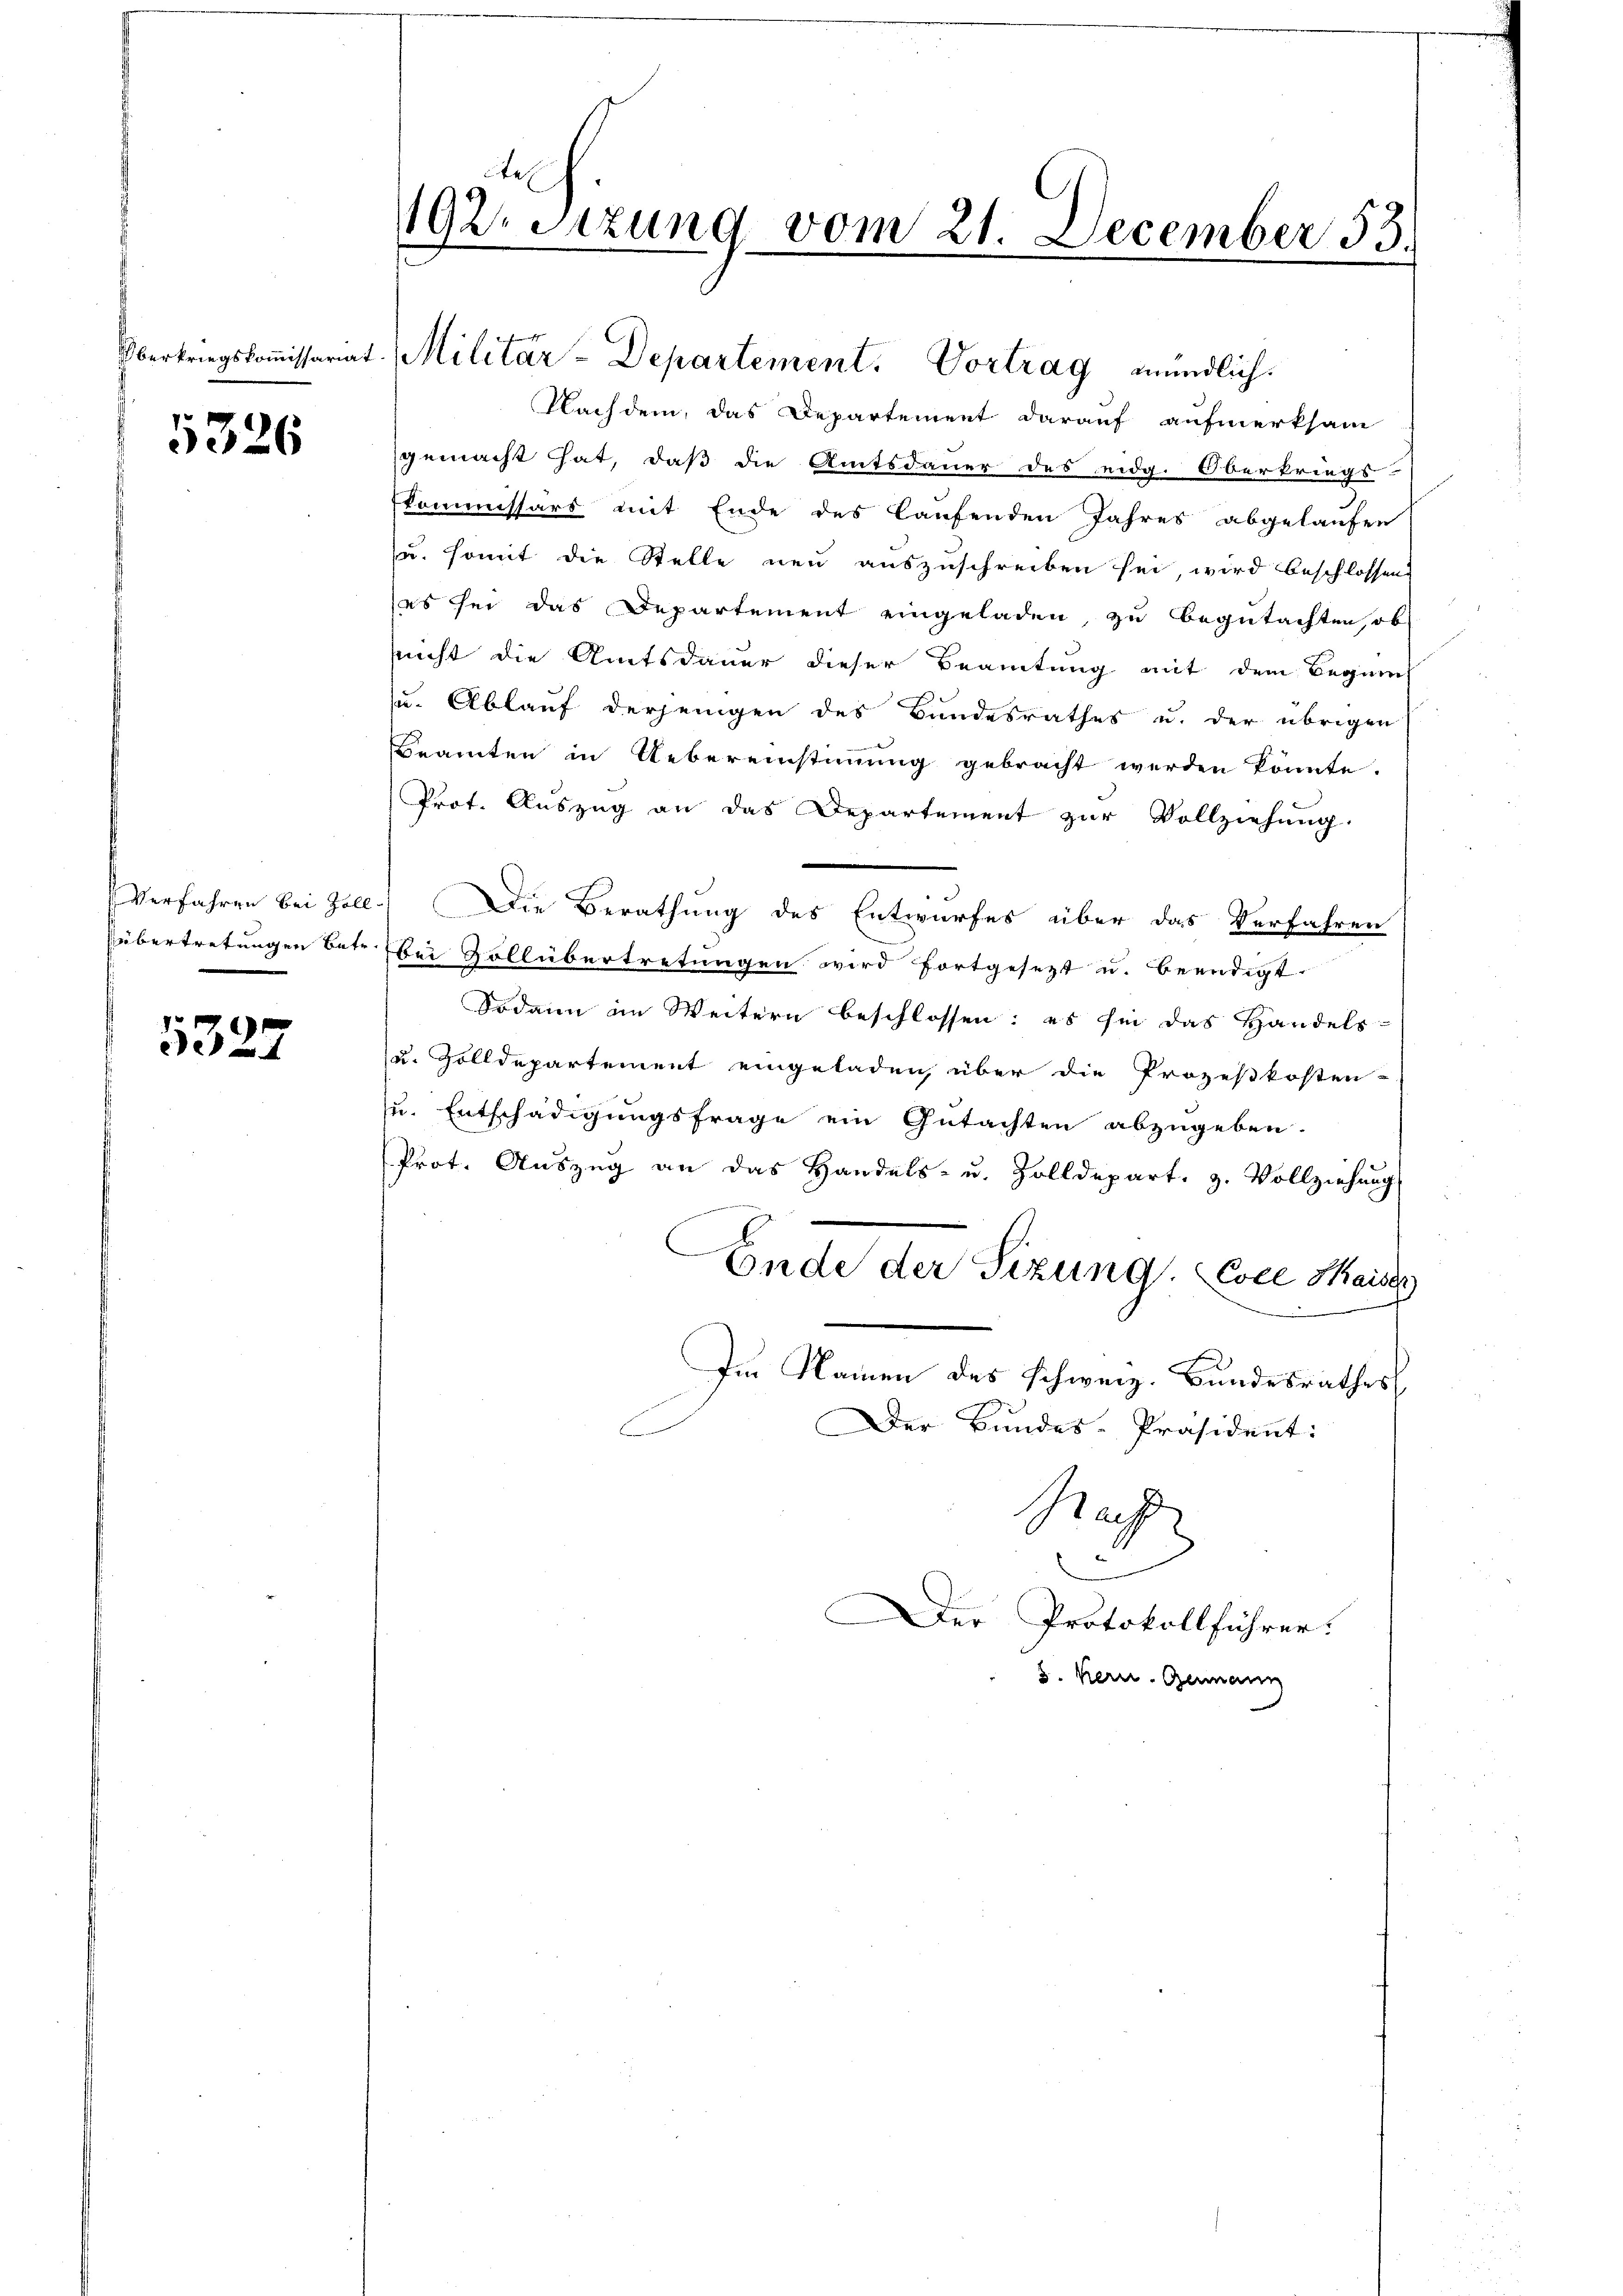
Oberkriegskoṁissariat

5326

Verfahren bei Gall
Übertretungen betr.

5327

192. Sitzung vom 21. December 58.

Militär-Departement. Vortrag mündlich.

Nachdem, das Departement darauf aufmerksam
gemacht hat, daß die Amtsdauer des eidg. Oberkriegs-
kommissärs mit Ende des laufenden Jahres abgelaufen
u. somit die Stelle neu auszuschreiben sei, wird beschlossen
es sei das Departement eingeladen, zu begutachten, ob
snicht die Amtsdauer dieser Beamtung mit dem Beginns
u. Ablauf derjenigen des Bundesrathes u. der übrigen
Beamten in Uebereinstimmig gebracht werden könnte.
Prot. Auszug an das Departement zur Vollziehung.
2.) Die Berathung des Entwurfes über das Verfahren
bei Zollübertretungen wird fortgesezt u. beendigt.
Sodann im Weitern beschlossen: es sei das Handels-
u. Zolldepartement eingeladen, über die Prozeßkosten-
u. Entschädigungsfrage ein Gutachten abzugeben.
Prot. Auszug an das Handels- u. Zolldepart. 3. Vollziehung
Ende der Sizung Coce Kaises
Im Namen des schweiz. Bundesrathes
Der Bundes-Präsident:
Rach
er Protokollführer.
8. Kern. Germann